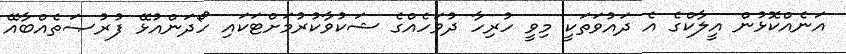
އަނެއްކޮޅުން އީލާކްގެ އެ ދައުވަތަކީ މިވީ ހުރިހާ ދުވަހެއްގެ ޝަކުވާކުރުމަށްޓަކައި ހޯދަންއުޅޭ ފުރުޞަތެއްބާއޭ